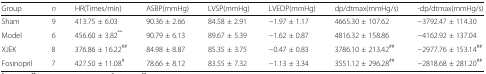
<table><thead><tr><td><b>Group</b></td><td><b><i>n</i></b></td><td><b>HR(Times/min)</b></td><td><b>ASBP(mmHg)</b></td><td><b>LVSP(mmHg)</b></td><td><b>LVEDP(mmHg)</b></td><td><b>dp/dtmax(mmHg/s)</b></td><td><b>-dp/dtmax(mmHg/s)</b></td></tr></thead><tbody><tr><td>Sham</td><td>9</td><td>413.75 ± 6.03</td><td>90.36 ± 2.66</td><td>84.58 ± 2.91</td><td>−1.97 ± 1.17</td><td>4665.30 ± 107.62</td><td>−3792.47 ± 114.30</td></tr><tr><td>Model</td><td>6</td><td>456.60 ± 3.82<sup>**</sup></td><td>90.79 ± 6.13</td><td>89.67 ± 5.39</td><td>−1.62 ± 0.87</td><td>4816.32 ± 158.86</td><td>−4162.92 ± 137.04</td></tr><tr><td>XJEK</td><td>8</td><td>376.86 ± 16.22<sup>##</sup></td><td>84.98 ± 8.87</td><td>85.35 ± 3.75</td><td>−0.47 ± 0.83</td><td>3786.10 ± 213.42<sup>##</sup></td><td>−2977.76 ± 153.14<sup>##</sup></td></tr><tr><td>Fosinopril</td><td>7</td><td>427.50 ± 11.08<sup>#</sup></td><td>78.66 ± 8.12</td><td>83.55 ± 7.32</td><td>−1.13 ± 3.34</td><td>3551.12 ± 296.28<sup>##</sup></td><td>−2818.68 ± 281.20<sup>##</sup></td></tr></tbody></table>